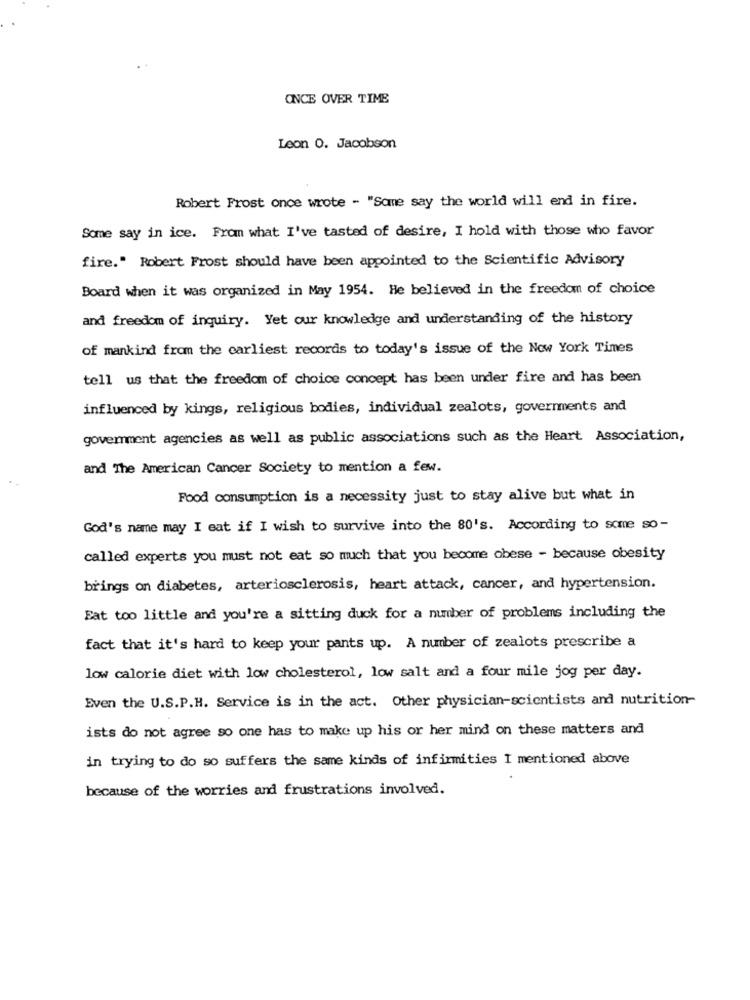
ONCE OVER TIME
Leon 0. Jacobson
Robert Frost once wrote - "Same say the world will end in fire.
Some say in ice. From what I've tasted of desire, I hold with those who favor
fire." Robert Frost should have been appointed to the Scientific Advisory
Board when it was organized in May 1954. He believed in the freedom of choice
and freedom of inquiry. Yet our knowledge and understanding of the history
of mankind from the earliest records to today's issue of the New York Times
tell us that the freedom of choice concept has been under fire and has been
influenced by kings, religious bodies, individual zealots, governments and
government agencies as well as public associations such as the Heart Association,
and The American Cancer Society to mention a few.
Food consumption is a necessity just to stay alive but what in
God's name may I eat if I wish to survive into the 80's. According to some so-
called experts you must not eat so much that you become obese - because obesity
brings on diabetes, arteriosclerosis, heart attack, cancer, and hypertension.
Eat too little and you're a sitting duck for a number of problems including the
fact that it's hard to keep your pants up. A number of zealots prescribe a
low calorie diet with low cholesterol, low salt and a four mile jog per day.
Even the U.S.P.H. Service is in the act. Other physician-scientists and nutrition-
ists do not agree so one has to make up his or her mind on these matters and
in trying to do so suffers the same kinds of infirmities I mentioned above
because of the worries and frustrations involved.